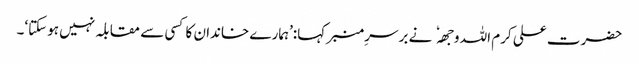
حضرت علی کرم اللہ وجھہ نے برسرِ منبر کہا:’ہمارے خاندان کا کسی سے مقابلہ نہیں ہوسکتا‘۔